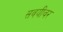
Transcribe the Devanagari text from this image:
सवयीवर